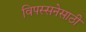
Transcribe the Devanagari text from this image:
विपस्सनेसाठी